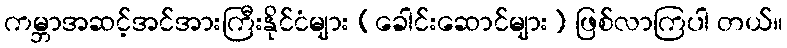
ကမ္ဘာအဆင့်အင်အားကြီးနိုင်ငံများ (ခေါင်းဆောင်များ) ဖြစ်လာကြပါ တယ်။